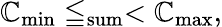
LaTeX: \mathbb{C}_{\mathrm{{min}}}\leqq_{\mathrm{{sum}}}<\mathbb{C}_{\mathrm{{max}}},